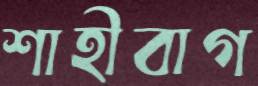
শাহীবাগ